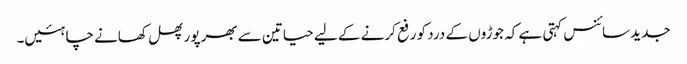
جدید سائنس کہتی ہے کہ جوڑوں کے درد کو رفع کرنے کے لیے حیاتین سے بھرپور پھل کھانے چاہئیں۔